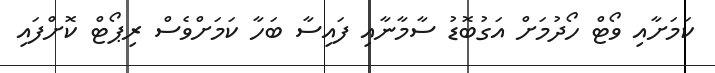
ކަމަށާއި ވޯޓް ހޯދުމަށް އަގުބޮޑު ސާމާނާއި ފައިސާ ބަހާ ކަމަށްވެސް ރިޕޯޓް ކޮށްފައި